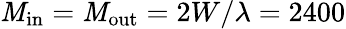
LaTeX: \mathit{M}_{\mathrm{{in}}}=\mathit{M}_{\mathrm{{out}}}=2W/\lambda=2400